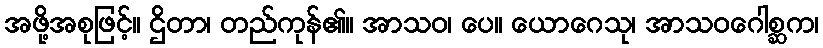
အဖို့အစုဖြင့်။ ဌိတာ၊ တည်ကုန်၏။ အာသဝ၊ ပေ။ ယောဂေသု၊ အာသဝဂေါစ္ဆက၊